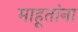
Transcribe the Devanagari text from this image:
माहूतांना